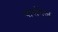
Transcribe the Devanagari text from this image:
पार्सनेज